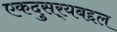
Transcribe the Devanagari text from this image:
एकदुसर्‍यबद्दल